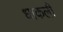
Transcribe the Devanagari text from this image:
धाकली